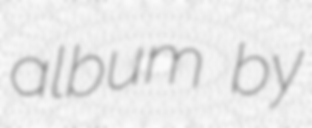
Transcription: album by